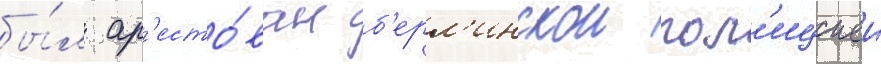
бы́л ар'есто́ван б'ерл'инскои пол'ициеи